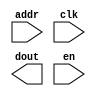
module bram_entity_0_0(
	addr,
	clk,
	dout,
	en);


input [7 : 0] addr;
input clk;
output [132 : 0] dout;
input en;

// synthesis translate_off

      BLKMEMSP_V6_2 #(
		.c_addr_width(8),
		.c_default_data("0"),
		.c_depth(256),
		.c_enable_rlocs(0),
		.c_has_default_data(0),
		.c_has_din(0),
		.c_has_en(1),
		.c_has_limit_data_pitch(0),
		.c_has_nd(0),
		.c_has_rdy(0),
		.c_has_rfd(0),
		.c_has_sinit(0),
		.c_has_we(0),
		.c_limit_data_pitch(18),
		.c_mem_init_file("bram_entity_0_0.mif"),
		.c_pipe_stages(1),
		.c_reg_inputs(0),
		.c_sinit_value("0"),
		.c_width(133),
		.c_write_mode(0),
		.c_ybottom_addr("0"),
		.c_yclk_is_rising(1),
		.c_yen_is_high(1),
		.c_yhierarchy("hierarchy1"),
		.c_ymake_bmm(0),
		.c_yprimitive_type("512x36"),
		.c_ysinit_is_high(1),
		.c_ytop_addr("1024"),
		.c_yuse_single_primitive(1),
		.c_ywe_is_high(1),
		.c_yydisable_warnings(1))
	inst (
		.ADDR(addr),
		.CLK(clk),
		.DOUT(dout),
		.EN(en),
		.DIN(),
		.ND(),
		.RFD(),
		.RDY(),
		.SINIT(),
		.WE());


// synthesis translate_on

// XST black box declaration
// box_type "black_box"
// synthesis attribute box_type of bram_entity_0_0 is "black_box"

endmodule